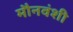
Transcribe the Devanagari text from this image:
मौनवंशी